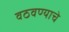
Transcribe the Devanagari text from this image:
वठवण्याचे